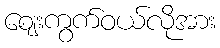
ဈေးကွက်ဝယ်လိုအား